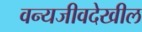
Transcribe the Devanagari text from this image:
वन्यजीवदेखील